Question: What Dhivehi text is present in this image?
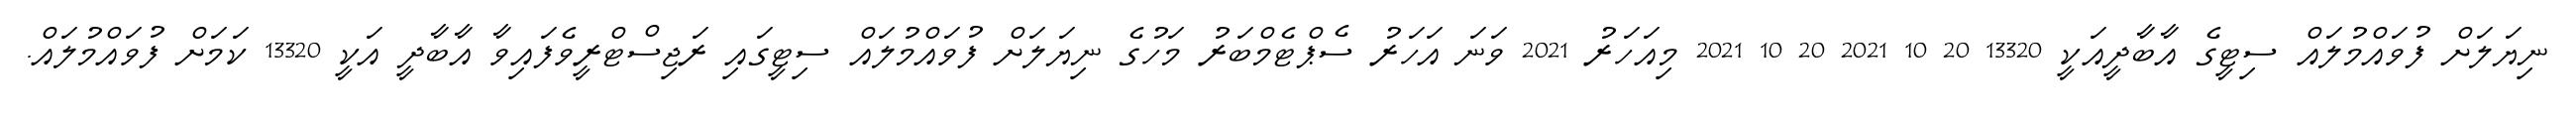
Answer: ނިޔަލަށް ފުވައްމުލައް ސިޓީގެ އާބާދީއަކީ 13320 20 10 2021 20 10 2021 މިއަހަރު 2021 ވަނަ އަހަރު ސެޕްޓެމްބަރު މަހުގެ ނިޔަލަށް ފުވައްމުލައް ސިޓީގައި ރަޖިސްޓްރީވެފައިވާ އާބާދީ އަކީ 13320 ކަމަށް ފުވައްމުލައް.